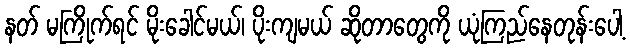
နတ် မကြိုက်ရင် မိုးခေါင်မယ်၊ ပိုးကျမယ် ဆိုတာတွေကို ယုံကြည်နေတုန်းပေါ့